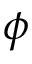
\phi